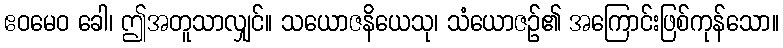
ဧဝမေဝ ခေါ၊ ဤအတူသာလျှင်။ သယောဇနိယေသု၊ သံယောဇဉ်၏ အကြောင်းဖြစ်ကုန်သော။